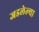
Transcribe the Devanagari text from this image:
जडलेल्या